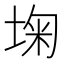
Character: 𰉺